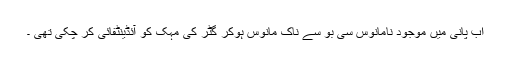
اب پانی میں موجود نامانوس سی بو سے ناک مانوس ہوکر گٹر کی مہک کو آئڈینٹفائی کر چکی تھی ۔